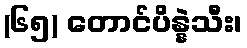
(၆၅) တောင်ပိန္နဲသီး၊